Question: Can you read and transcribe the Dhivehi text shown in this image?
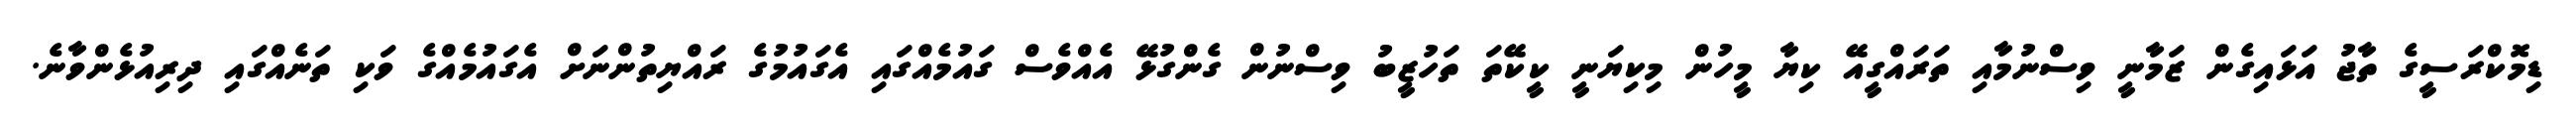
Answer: ޑިމޮކްރަސީގެ ތާޖު އަޅައިގެން ޒަމާނީ ވިސްނުމާއި ތަރައްގީއޭ ކިޔާ މީހުން މިކިޔަނީ ކީކޭތަ ތަހުޒީބު ވިސްނުން ގެންގުޅޭ އެއްވެސް ގައުމެއްގައި އެގައުމުގެ ރައްޔިތުންނަށް އެގައުމެއްގެ ވަކި ތަނެއްގައި ދިރިއުޅެންވާނެ.